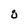
Character: 8